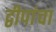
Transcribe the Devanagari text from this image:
द्वीपांचा